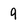
Character: 9